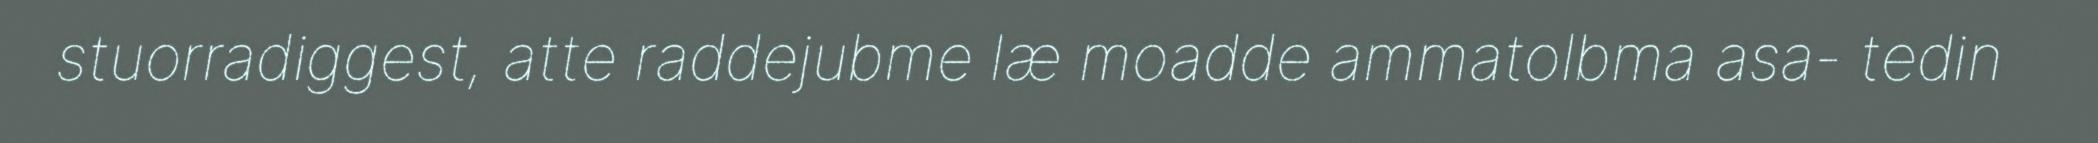
stuorradiggest, atte raddejubme læ moadde ammatolbma asa- tedin